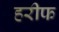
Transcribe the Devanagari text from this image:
हरीफ